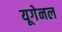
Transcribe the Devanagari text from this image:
यूगेनल